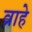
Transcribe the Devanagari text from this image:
व्राहे